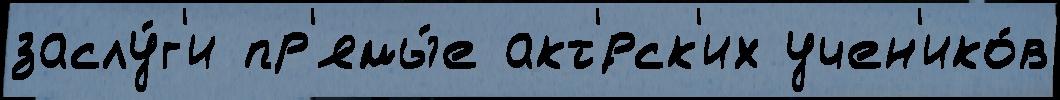
заслу́г'и пр'ямы́е акт'́рск'их учен'ико́в